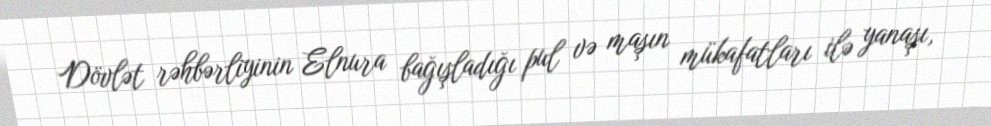
Dövlət rəhbərliyinin Elnura bağışladığı pul və maşın mükafatları ilə yanaşı,